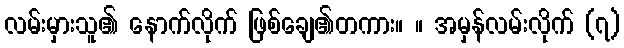
လမ်းမှားသူ၏ နောက်လိုက် ဖြစ်ချေ၏တကား။ ။ အမှန်လမ်းလိုက် (၇)